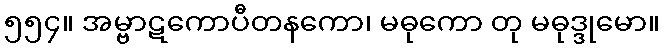
၅၅၄။ အမ္ဗာဋကောပီတနကော၊ မဓုကော တု မဓုဒ္ဒုမော။